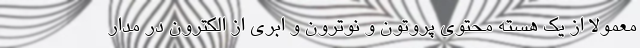
معمولاً از یک هسته محتوی پروتون و نوترون و ابری از الکترون در مدار